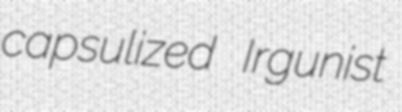
capsulized Irgunist